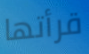
قرأتها